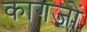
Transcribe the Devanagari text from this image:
कागजाें